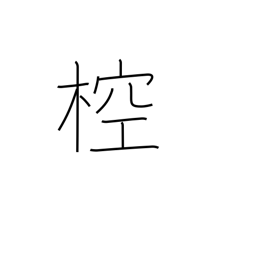
Meaning: type of ancient musical instrument